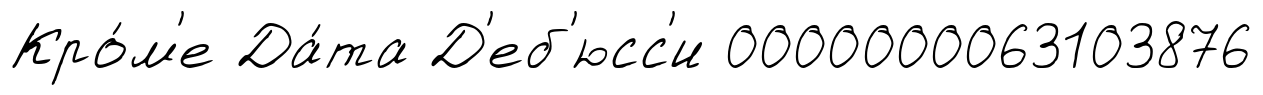
Кро́м'е Да́та Д'еб'юсс'и 0000000063103876